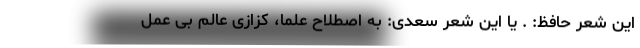
این شعر حافظ: . یا این شعر سعدی: به اصطلاح علما، کزازی عالمِ بی عمل